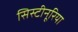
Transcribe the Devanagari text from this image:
सिस्टीनूरिया